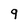
Character: 9